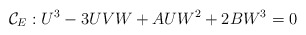
\begin{align*}\mathcal{C}_E : U^3 - 3UVW + AUW^2 + 2BW^3 = 0\end{align*}